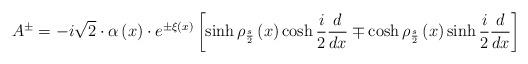
LaTeX: \begin{align*}A^{\pm }=-i\sqrt{2}\cdot \alpha \left( x\right) \cdot e^{\pm \xi\left( x\right) }\left[ \sinh \rho _{\frac {s}{2}}\left( x\right)\cosh \frac{i}{2}\frac {d}{dx}\mp \cosh \rho _{\frac {s}{2}}\left( x\right)\sinh \frac {i}{2}\frac {d}{dx}\right]\end{align*}